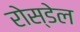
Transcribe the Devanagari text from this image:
रोस्डेल